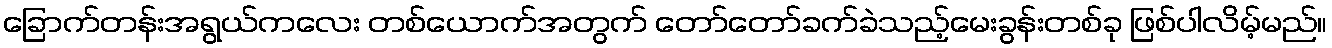
ခြောက်တန်းအရွယ်ကလေး တစ်ယောက်အတွက် တော်တော်ခက်ခဲသည့်မေးခွန်းတစ်ခု ဖြစ်ပါလိမ့်မည်။